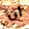
ان